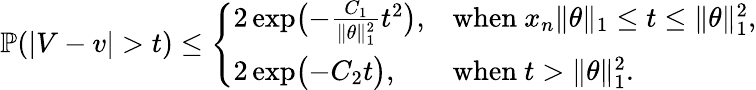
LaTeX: \mathbb{P}(|V-v|>t)\leq\left\{ \begin{array}{ll}{2\exp\bigl(-\frac{C_{1}}{\| \theta\| _{1}^{2}}t^{2}\bigr),}&{\mathrm{when~}x_{n}\| \theta\| _{1}\leq t\leq\| \theta\| _{1}^{2},}\\ {2\exp\bigl(-C_{2}t\bigr),}&{\mathrm{when~}t>\| \theta\| _{1}^{2}.}\end{array}\right.